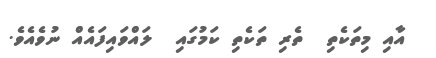
އާއި މިތަކެތި  ތެރި ތަކެތި ކަމުގައި  ލައްވައިފައެއް ނުވެއެވެ.